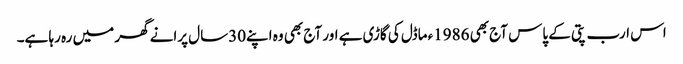
اس ارب پتی کے پاس آج بھی 1986ء ماڈل کی گاڑی ہے اور آج بھی وہ اپنے30سال پرانے گھر میں رہ رہا ہے۔